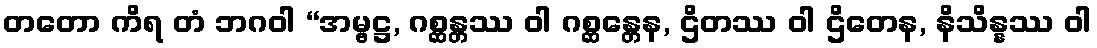
တတော ကိရ တံ ဘဂဝါ “အမ္ဗဋ္ဌ, ဂစ္ဆန္တဿ ဝါ ဂစ္ဆန္တေန, ဌိတဿ ဝါ ဌိတေန, နိသိန္နဿ ဝါ